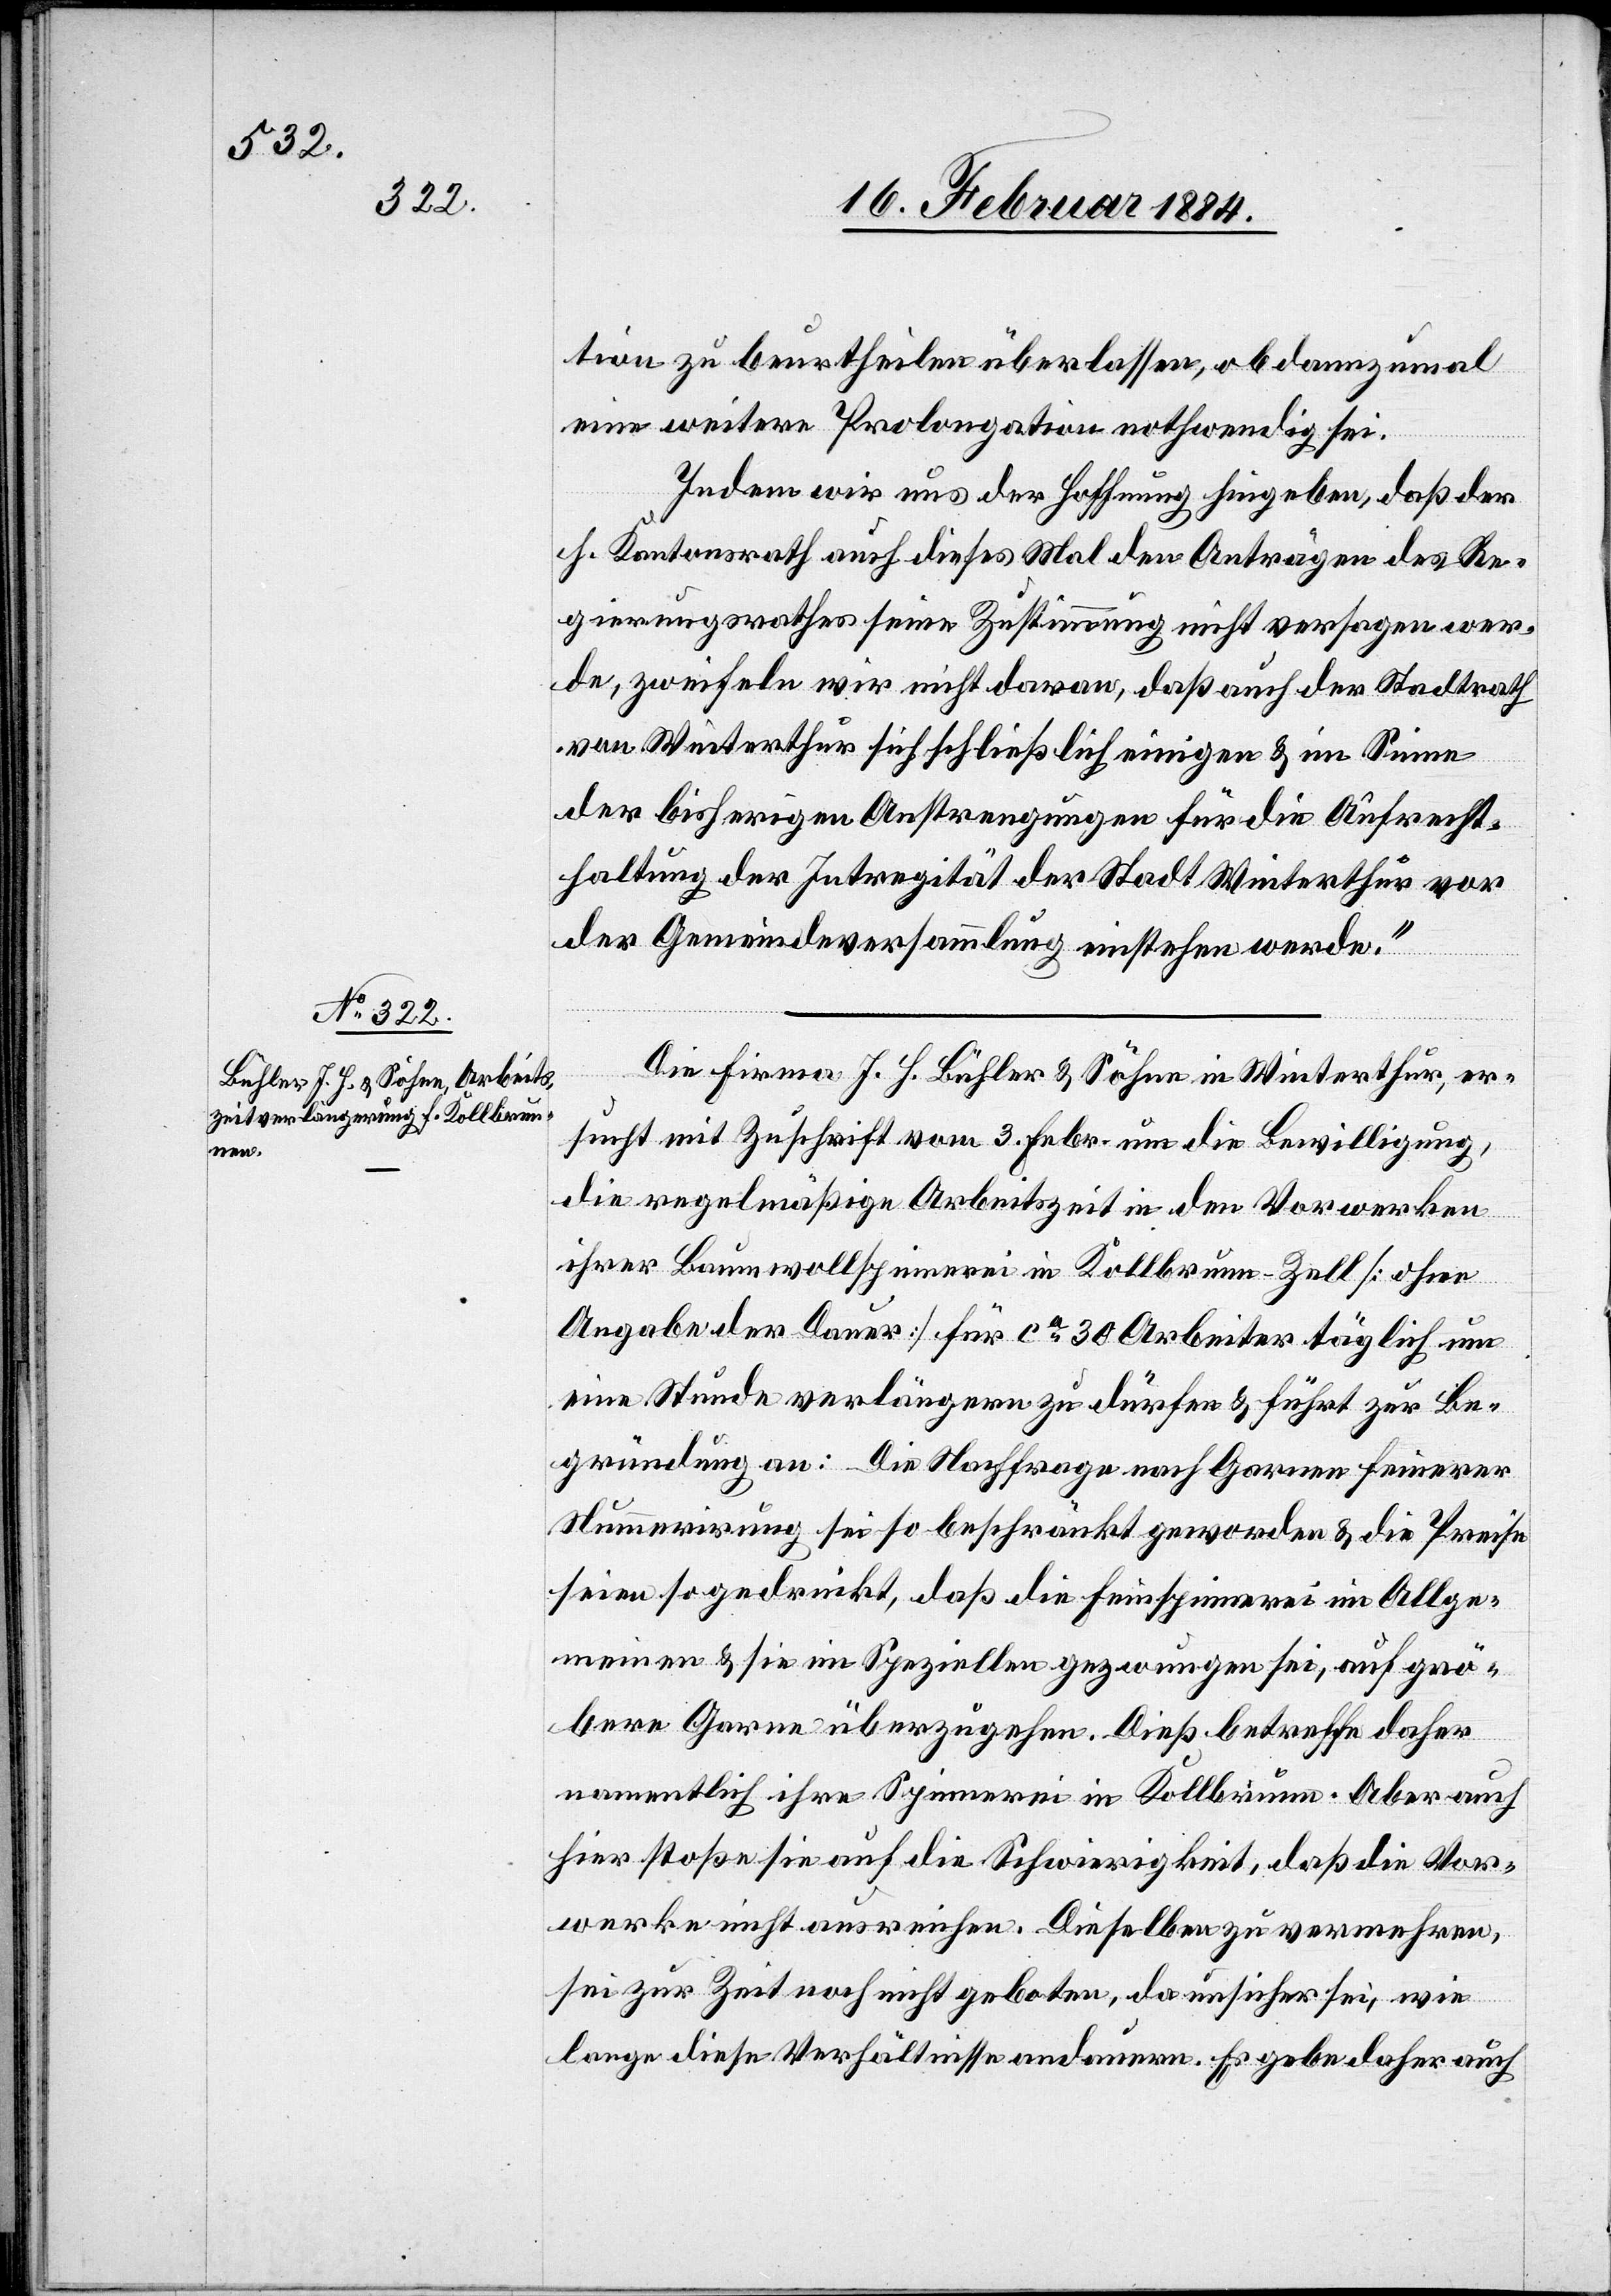
ration zu beurtheilen überlassen, ob dannzumal
eine weitere Prolongation nothwendig sei.
Indem wir uns der Hoffnung hingeben, daß der
h. Kantonsrath auch dieses Mal den Anträgen des Re¬
gierungsrathes seine Zustimmung nicht versagen wer¬
de, zweifeln wir nicht daran, daß auch der Stadtrath
von Winterthur sich schließlich einigen & im Sinne
der bisherigen Anstrengungen für die Aufrechte¬
rhaltung der Intregität [sic!] der Stadt Winterthur vor
der Gemeindeversammlung einstehen werde.“
Die Firma J. H. Bühler & Söhne in Winterthur, er¬
sucht mit Zuschrift vom 3. Febr. um die Bewilligung,
die regelmäßige Arbeitszeit in den Vorwerken
ihrer Baumwollspinnerei in Kollbrunn [sic!] - Zell [ohne
Angabe der Dauer] für ca 30 Arbeiter täglich um
eine Stunde verlängern zu dürfen & führt zur Be¬
gründung an: Die Nachfrage nach Garnen feinerer
Nummerirung sei so beschränkt geworden & die Preise
seien so gedrückt, daß die Feinspinnerei im Allge¬
meinen & sie im Speziellen gezwungen sei, auf grö¬
ßere Garne überzugehen. Dieß betreffe daher
namentlich ihre Spinnerei in Kollbrunn. Aber auch
hier stoße sie auf die Schwierigkeit, daß die Vor¬
werke nicht ausreichen. Dieselben zu vermehren,
sei zur Zeit noch nicht geboten, da unsicher sei, wie
lange diese Verhältnisse andauern. Es gebe daher auch